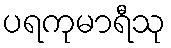
ပရကုမာရီသု